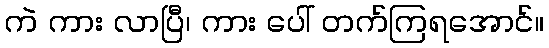
ကဲ ကား လာပြီ၊ ကား ပေါ် တက်ကြရအောင်။